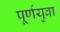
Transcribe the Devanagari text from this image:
पूर्णयुवा